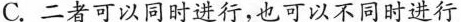
C.二者可以同时进行，也可以不同时进行